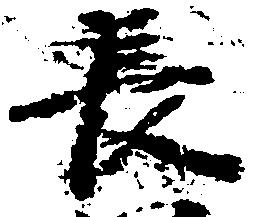
長